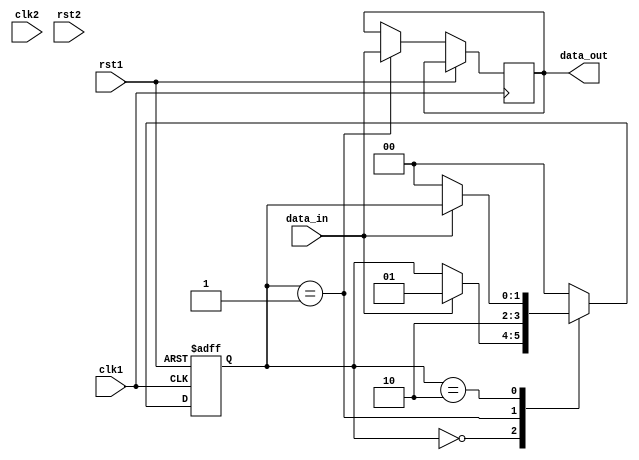
module synchronizer (
    input wire clk1,       // Clock signal for sender module
    input wire rst1,       // Reset signal for sender module
    input wire data_in,    // Input data signal from sender module
    
    input wire clk2,       // Clock signal for receiver module
    input wire rst2,       // Reset signal for receiver module
    output reg data_out    // Output data signal to receiver module
);

reg [1:0] state;

always @(posedge clk1 or posedge rst1) begin
    if (rst1) begin
        state <= 2'b00;  // Reset state
    end else begin
        case (state)
            2'b00: begin  // Wait for handshake start
                if (data_in) begin
                    state <= 2'b01;
                end
            end
            2'b01: begin  // Data transfer
                data_out <= data_in;
                state <= 2'b10;
            end
            2'b10: begin  // Wait for handshake finish
                if (!data_in) begin
                    state <= 2'b00;
                end
            end
            default: begin
                state <= 2'b00;  // Default to reset state
            end
        endcase
    end
end

endmodule